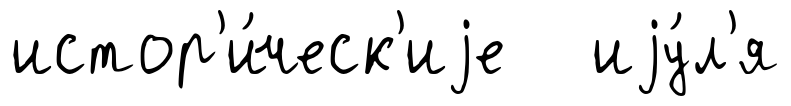
истор'и́ческ'иjе иjу́л'я